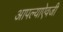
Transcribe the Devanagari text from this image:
आपल्याऐवजी